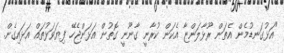
"އަޅުގަނޑުމެން އެތަން ރޫޅާލަންޏާ އެކަން ކުރާނީ ގާނޫނީ ގޮތުން އަޅަންޖެހޭ ފިޔަވަޅުތައް އަޅައިގެން.